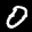
Label: 0